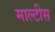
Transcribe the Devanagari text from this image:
माल्टीस